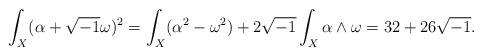
\begin{align*}\int_{X}(\alpha+\sqrt{-1}\omega)^{2}= \int_{X}(\alpha^{2}-\omega^{2})+2\sqrt{-1}\int_{X}\alpha\wedge\omega= 32+26\sqrt{-1}.\end{align*}